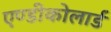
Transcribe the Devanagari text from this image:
एण्डीकोलार्ड